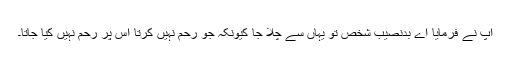
آپؐ نے فرمایا اے بدنصیب شخص تو یہاں سے چلا جا کیونکہ جو رحم نہیں کرتا اس پر رحم نہیں کیا جاتا۔